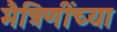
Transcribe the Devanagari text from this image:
मैत्रिणींच्या